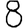
Digit: 8